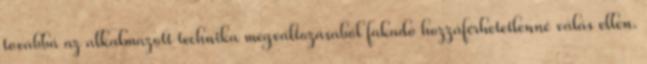
továbbá az alkalmazott technika megváltozásából fakadó hozzáférhetetlenné válás ellen.